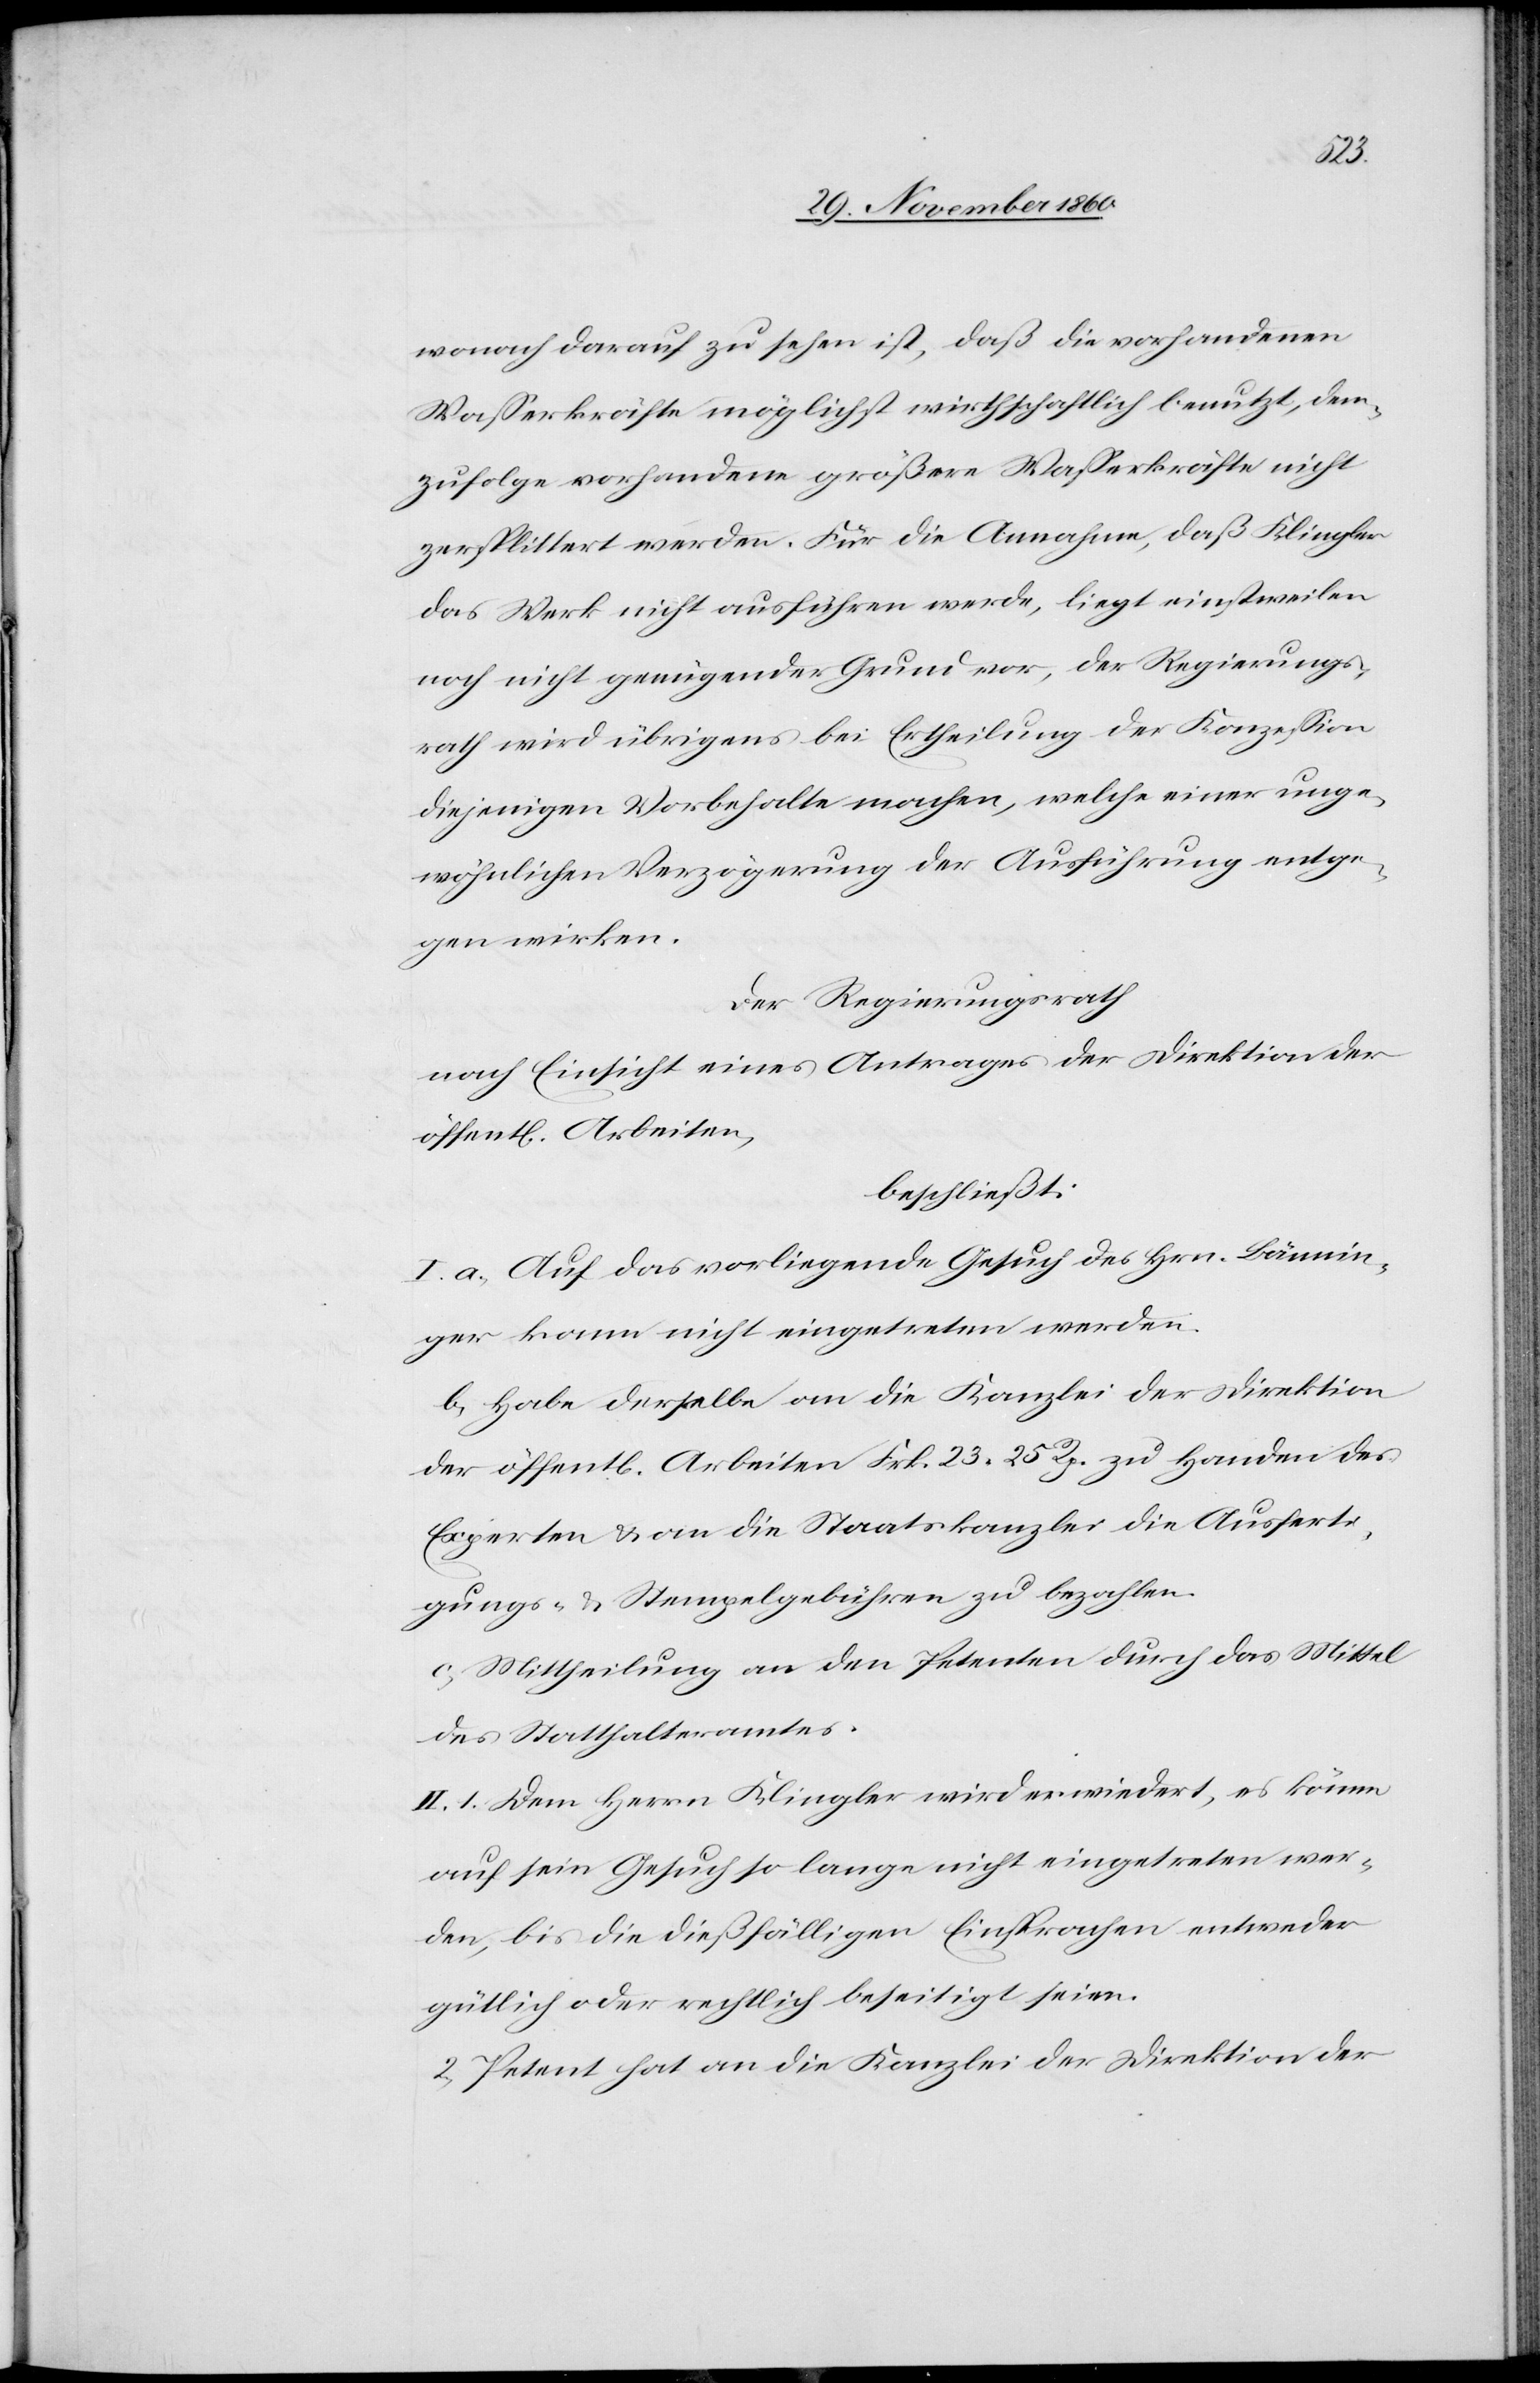
wonach darauf zu sehen ist, daß die vorhandenen
Wasserkräfte möglichst wirtschaftlich benutzt, dem¬
zufolge vorhandene größere Wasserkräfte nicht
zersplittert werden. Für die Annahme, daß Klingler
das Werk nicht ausführen werde, liegt einstweilen
noch nicht genügender Grund vor, der Regierungs¬
rath wird übrigens bei Ertheilung der Konzession
diejenigen Vorbehalte machen, welche einer unge¬
wöhnlichen Verzögerung der Ausführung entge¬
gen wirken.
Der Regierungsrath
nach Einsicht eines Antrages der Direktion der
öffent[lichen] Arbeiten,
beschließt:
I. a. Auf das vorliegende Gesuch des Hrn. Bännin¬
ger kann nicht eingetreten werden.
b. Habe derselbe an die Kanzlei der Direktion
der öffent[lichen] Arbeiten Frk. 23 25 Rp. zu Handen des
Experten u. an die Staatskanzlei die Ausferti¬
gungs- u. Stempelgebühren zu bezahlen.
c. Mittheilung an den Petenten durch das Mittel
des Statthalteramtes.
II. 1. Dem Herrn Klingler wird erwiedert, es könne
auf sein Gesuch so lange nicht eingetreten wer¬
den, bis die dießfälligen Einsprachen entweder
gütlich oder rechtlich beseitigt seien.
2. Petent hat an die Kanzlei der Direktion der